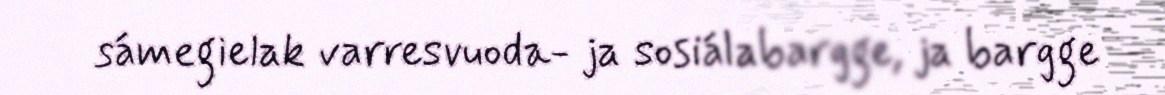
sámegielak varresvuoda- ja sosiálabargge, ja bargge